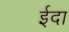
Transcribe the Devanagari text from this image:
ईदा